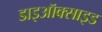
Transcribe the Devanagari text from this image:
डाइऑक्‍साइड